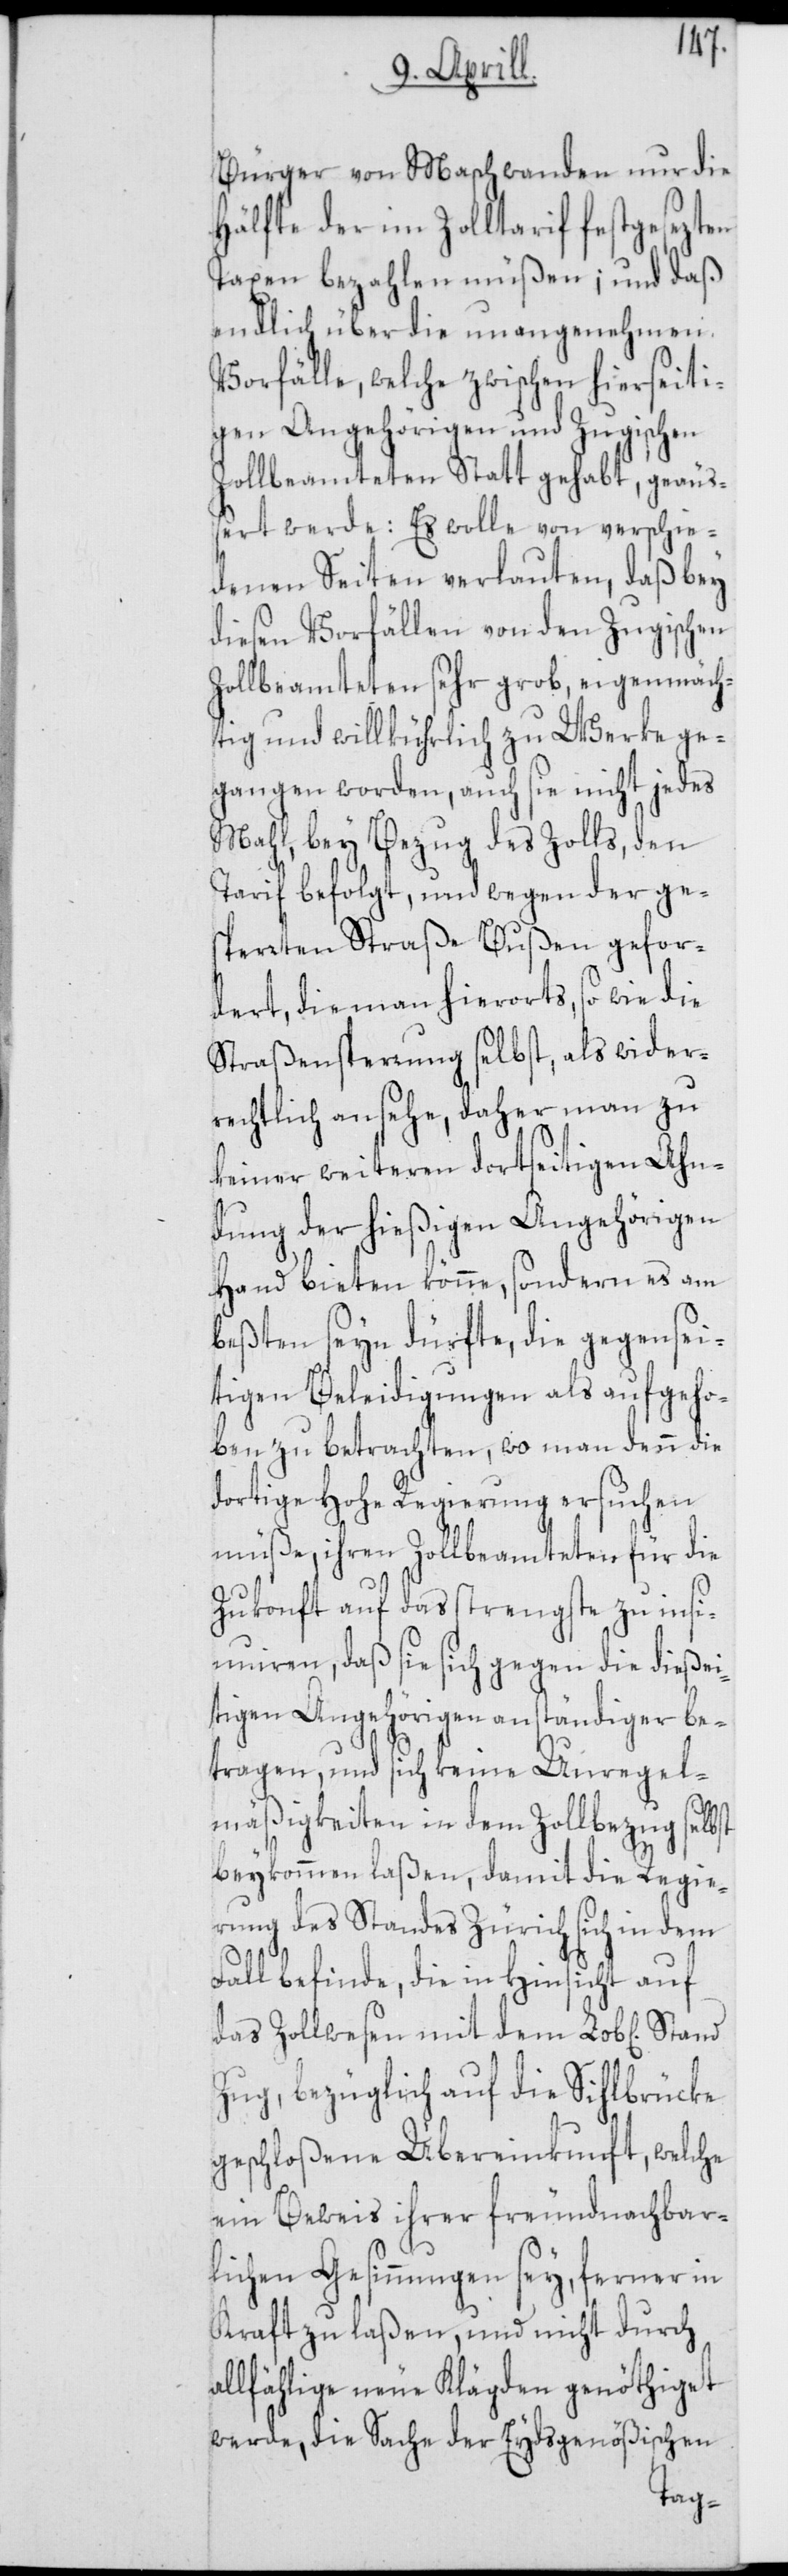
Bürger von Maschwanden nur die
Hälfte der im Zolltarif festgesezten
Taxen bezahlen müßen; und daß
endlich über die unangenehmen
Vorfälle, welche zwischen hierseiti¬
gen Angehörigen und Zugischen
Zollbeamteten statt gehabt, geäuß¬
ert werde: Es wolle von verschie¬
denen Seiten verlauten, daß bey
diesen Vorfällen von den Zugischen
Zollbeamteten sehr grob, eigenmäch¬
tig und willkührlich zu Werke ge¬
gangen worden, auch sie nicht jedes
Mahl, bey Bezug des Zolls, den
Tarif befolgt, und wegen der ge¬
sperrten Straße Bußen gefor¬
dert, die man hierorts, so wie die
Straßensperrung selbst, als wider¬
rechtlich ansehe, daher man zu
keiner weiteren dortseitigen Ahn¬
dung der hießigen Angehörigen
Hand bieten könne, sondern es am
beßten seyn dürfte, die gegensei¬
tigen Beleidigungen als aufgeho¬
ben zu betrachten, wo man denn die
dortige Hohe Regierung ersuchen
müße, ihren Zollbeamteten für die
Zukonft auf das strengste zu ins¬
inuieren, daß sie sich gegen die dießei¬
tigen Angehörigen anständiger be¬
tragen, und sich keine Unregel¬
mäßigkeiten in dem Zollbezug selbst
beykommen laßen, damit die Regie¬
rung des Standes Zürich sich in dem
Fall befinde, die in Hinsicht auf
das Zollwesen mit dem Lob[lichen]
Zug, bezüglich auf die Sihlbrücke
geschloßene Übereinkunft, welche
ein Beweis ihrer freundnachbar¬
lichen Gesinnungen sey, ferner in
Kraft zu laßen, und nicht durch
allfählige neue Klägden genöthiget
werde, die Sache der Eydsgenößischen